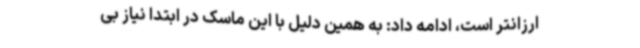
ارزانتر است، ادامه داد: به همین دلیل با این ماسک در ابتدا نیاز بی